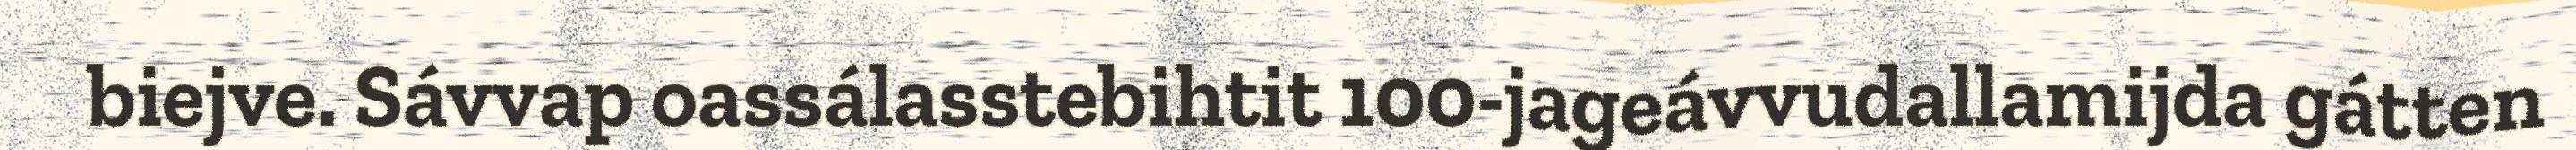
biejve. Sávvap oassálasstebihtit 100-jageávvudallamijda gátten